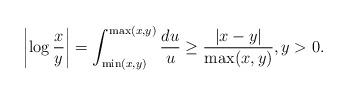
LaTeX: \begin{align*}\left|\log\frac{x}{y}\right|=\int_{\min(x,y)}^{\max(x,y)}\frac{du}{u}\geq\frac{|x-y|}{\max(x,y)},y>0.\end{align*}